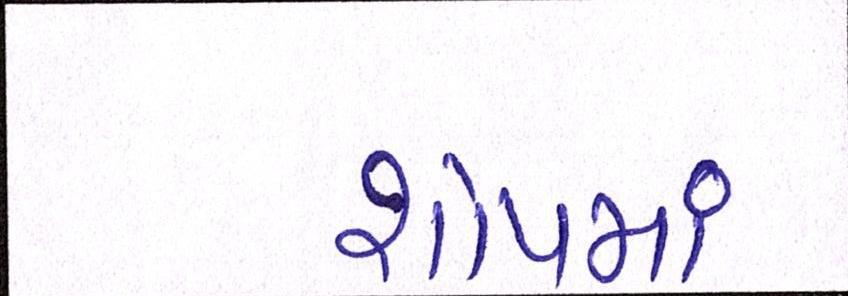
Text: શોપમાં